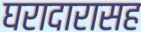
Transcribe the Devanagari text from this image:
घरादारासह